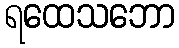
ရထေသဘော